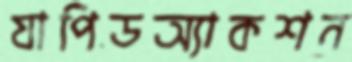
যাপিডঅ্যাকশন